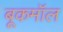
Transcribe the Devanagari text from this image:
बूकमॉल